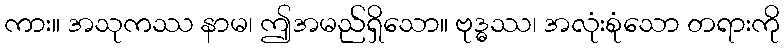
ကား။ အသုကဿ နာမ၊ ဤအမည်ရှိသော။ ဗုဒ္ဓဿ၊ အလုံးစုံသော တရားကို